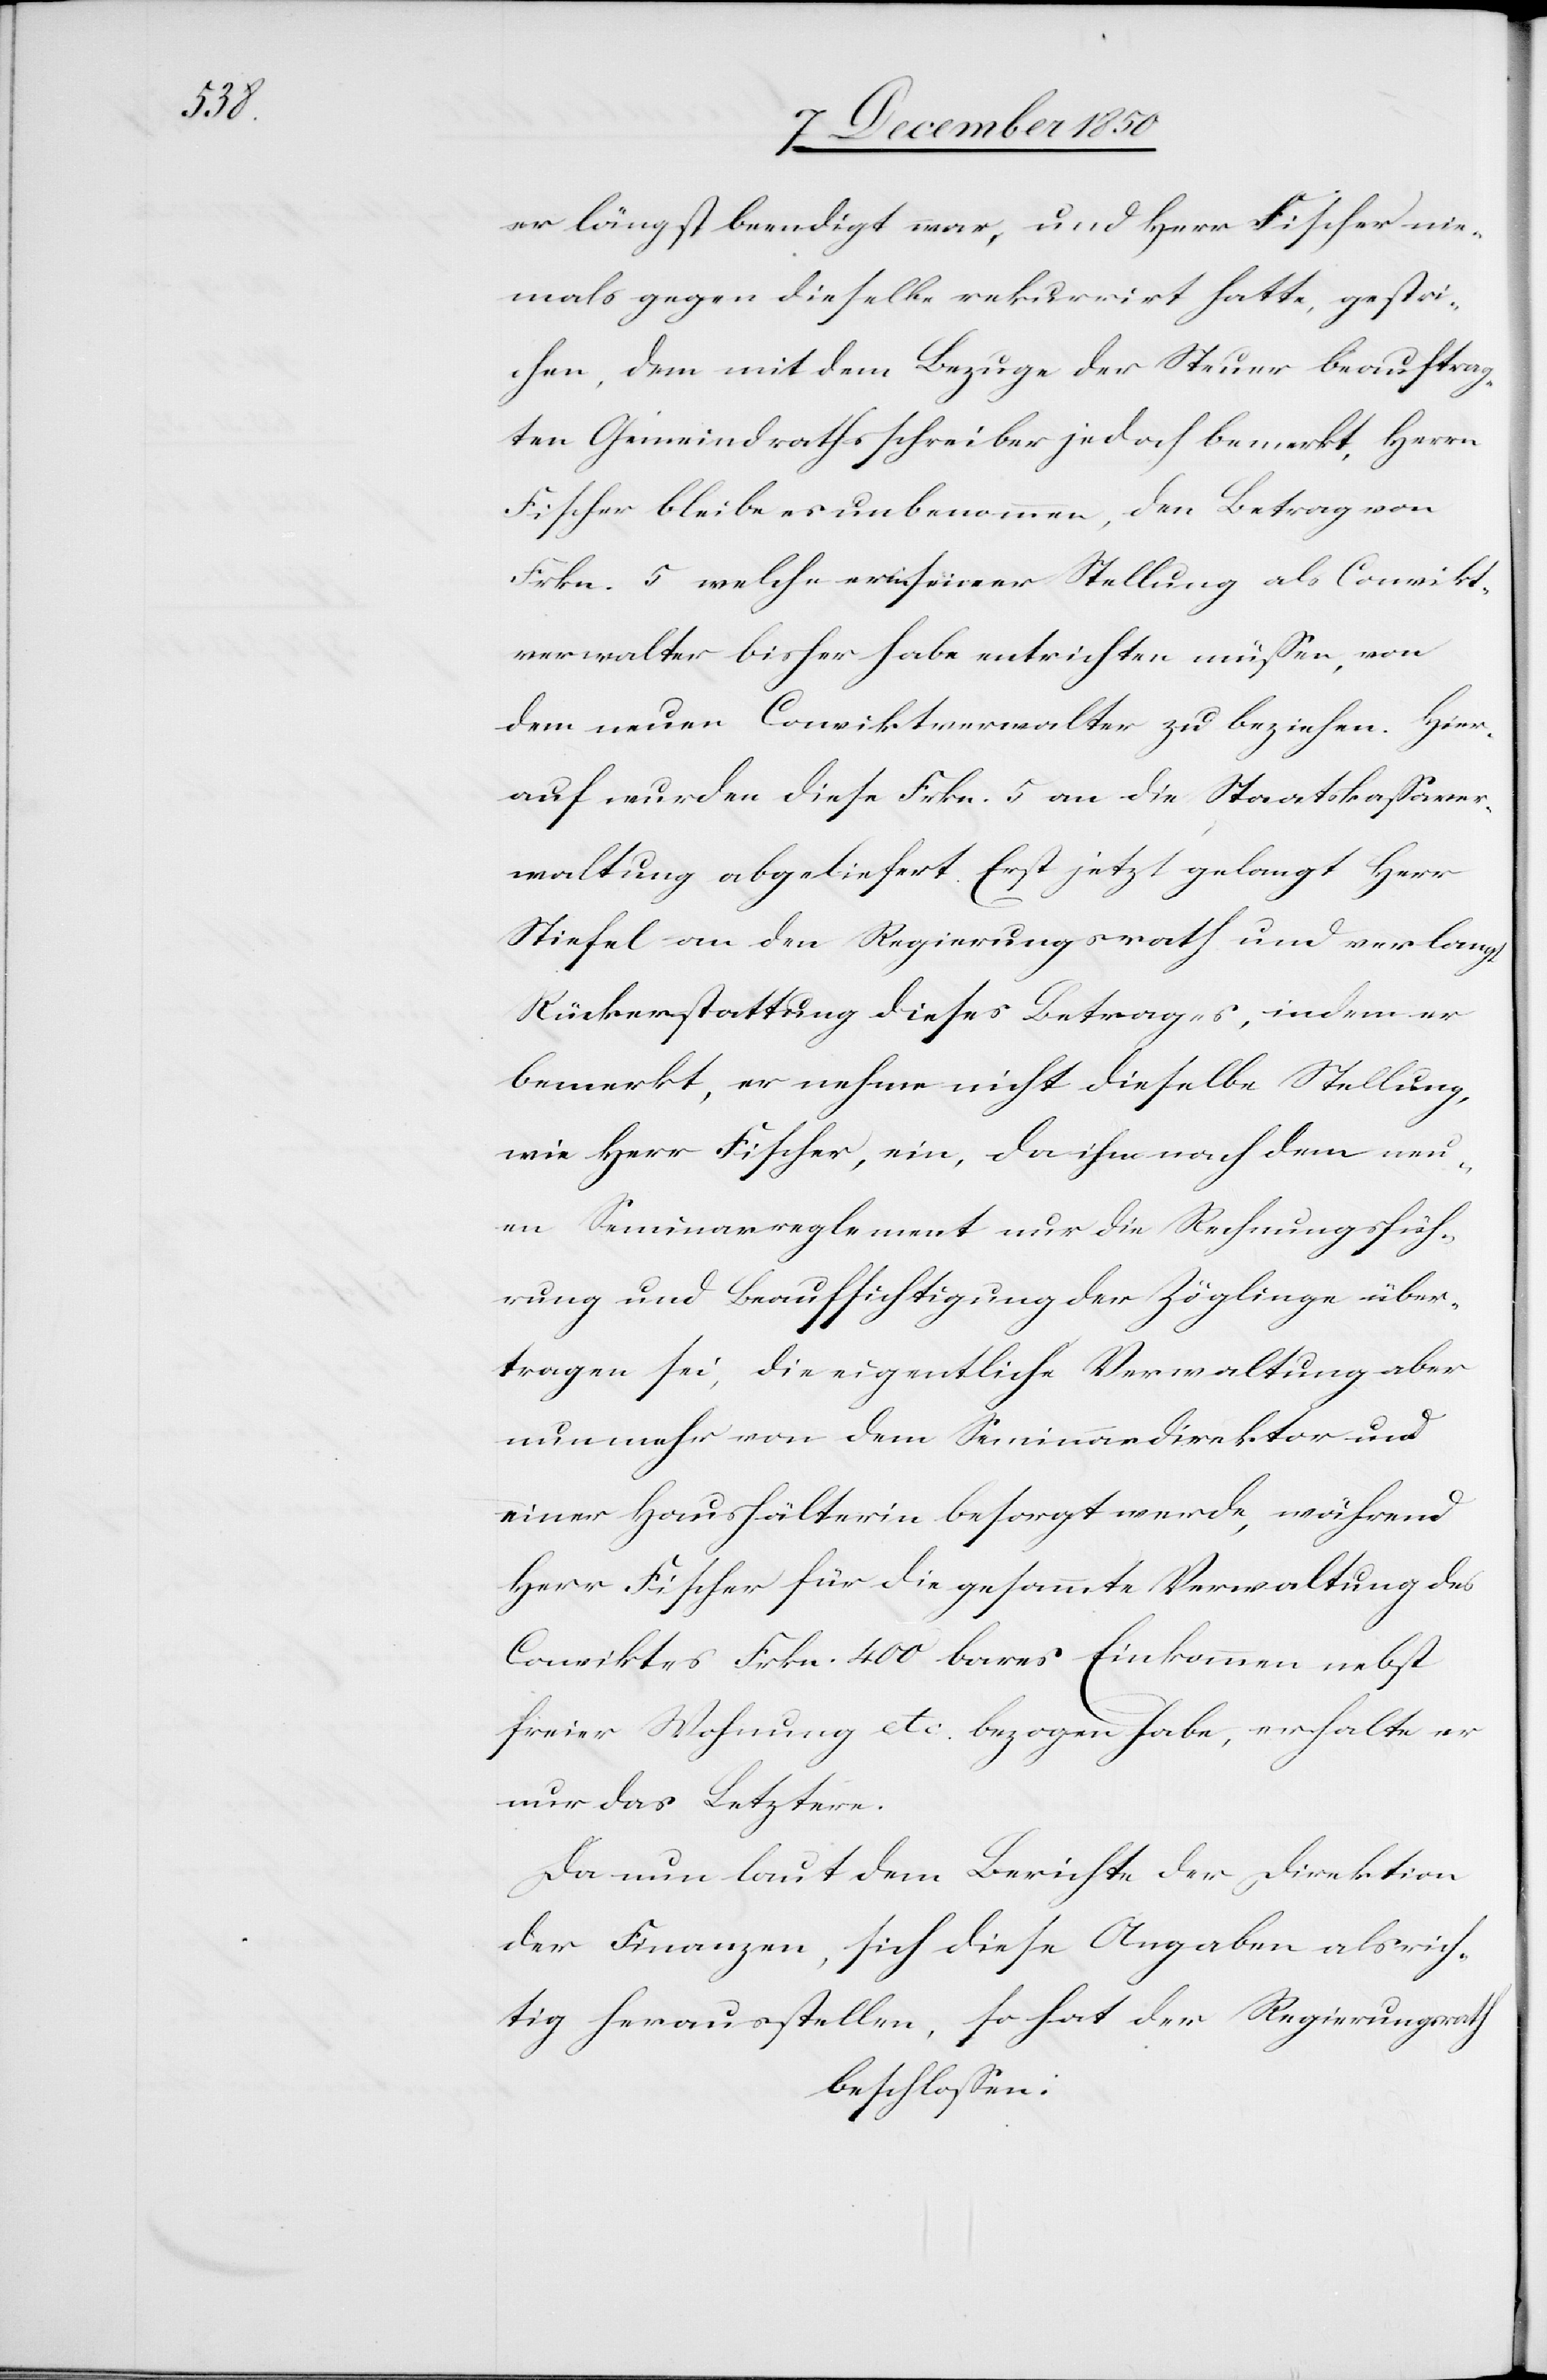
er längst beendigt war, und Herr Fischer nie¬
mals gegen dieselbe rekurrirt hatte, gestri¬
chen, dem mit dem Bezuge der Steuer beauftrag¬
ten Gemeindrathsschreiber jedoch bemerkt, Herrn
Fischer bleibe es unbenommen, den Betrag von
Frkn. 5 welche er in seiner Stellung als Convikt¬
verwalter bisher habe entrichten müssen, von
dem neuen Conviktverwalter zu beziehen. Hier¬
auf wurden diese Frkn. 5 an die Staatskassaver¬
waltung abgeliefert. Erst jetzt gelangt Herr
Stiefel an den Regierungsrath und verlangt
Rückerstattung dieses Betrages, indem er
bemerkt, er nehme nicht dieselbe Stellung,
wie Herr Fischer, ein, da ihm nach dem neu¬
en Seminarreglement nur die Rechnungsfüh¬
rung und Beaufsichtigung der Zöglinge über¬
tragen sei, die eigentliche Verwaltung aber
nunmehr von dem Seminardirektor und
einer Haushälterin besorgt werde, während
Herr Fischer für die gesammte Verwaltung des
Conviktes Frkn. 400 bares Einkommen nebst
freier Wohnung etc. bezogen habe, erhalte er
nur das Letztere.
Da nun laut dem Berichte der Direktion
der Finanzen, sich diese Angaben als rich¬
tig herausstellen, so hat der Regierungsrath
beschlossen: